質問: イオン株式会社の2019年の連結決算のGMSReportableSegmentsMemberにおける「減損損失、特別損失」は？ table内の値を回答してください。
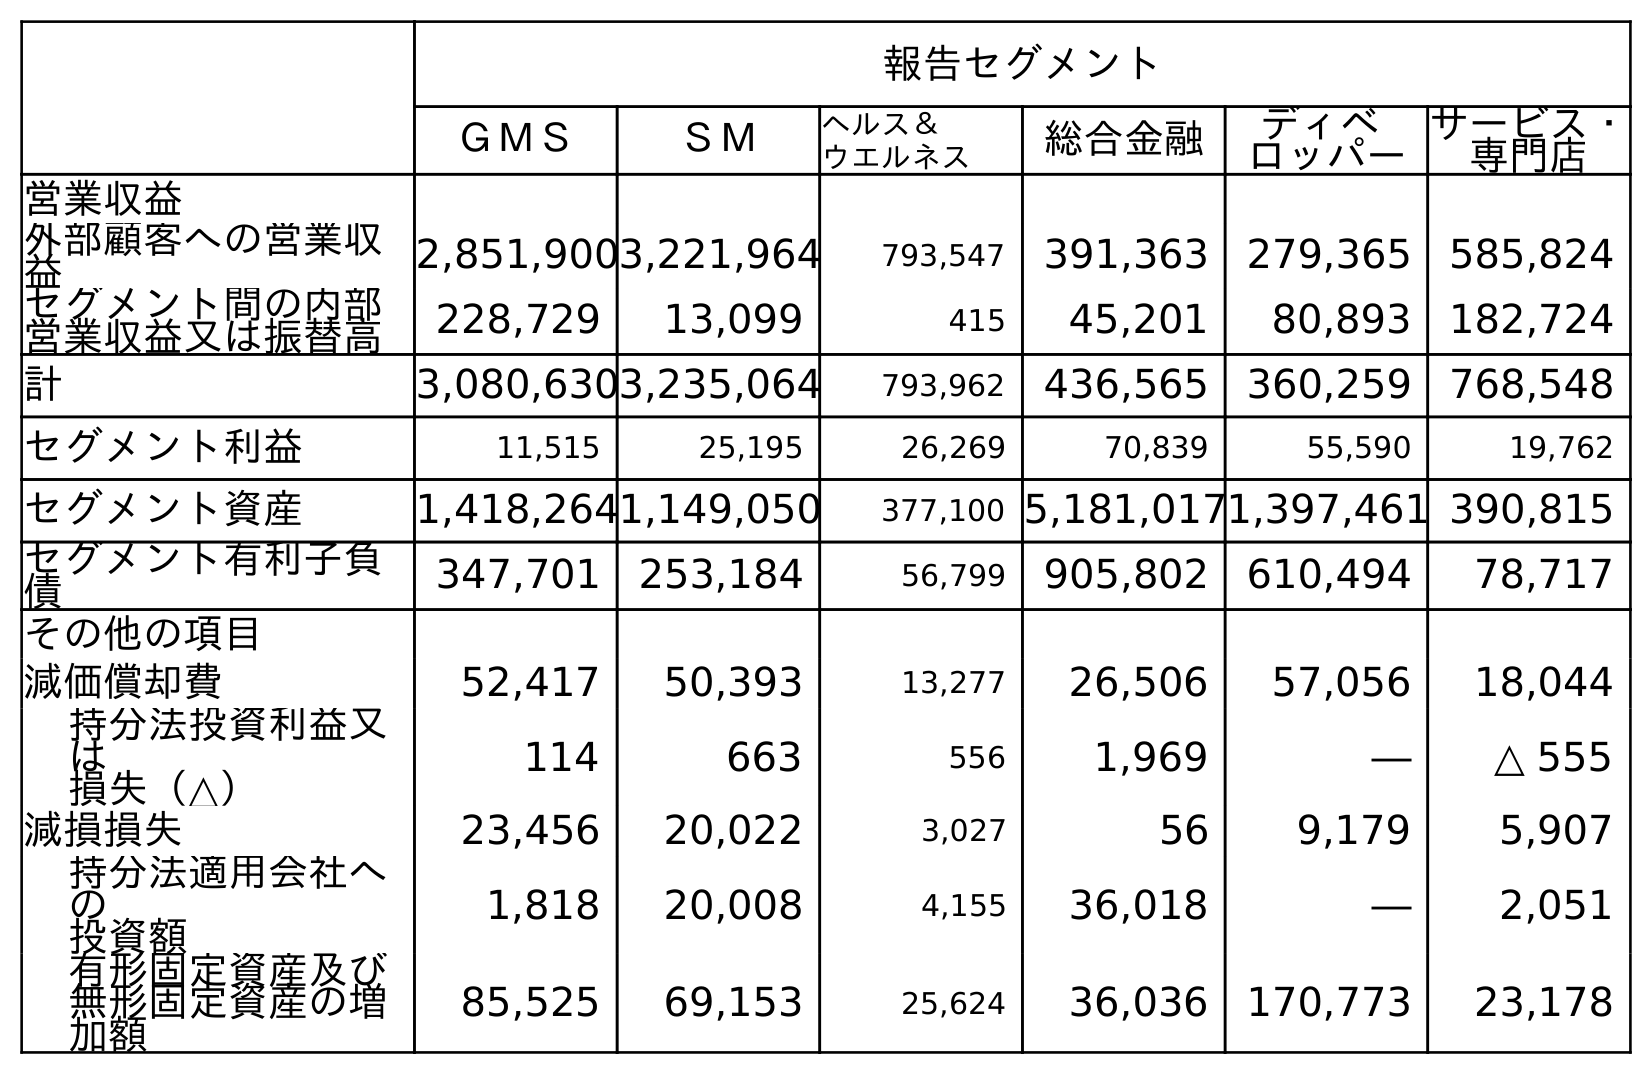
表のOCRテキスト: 報告セグメント ＧＭＳ ＳＭ ヘルス＆ ウエルネス 総合金融 ディベ ロッパー サービス・ 専門店 営業収益 外部顧客への営業収 益 2,851,9003,221,964 793,547 391,363 279,365 585,824 セグメント間の内部 営業収益又は振替高 228,729 13,099 415 45,201 80,893 182,724 計 3,080,6303,235,064 793,962 436,565 360,259 768,548 セグメント利益 11,515 25,195 26,269 70,839 55,590 19,762 セグメント資産 1,418,2641,149,050 377,100 5,181,0171,397,461 390,815 セグメント有利子負 債 347,701 253,184 56,799 905,802 610,494 78,717 その他の項目 減価償却費 52,417 50,393 13,277 26,506 57,056 18,044 持分法投資利益又 は 損失（△） 114 663 556 1,969 ― △ 555 減損損失 23,456 20,022 3,027 56 9,179 5,907 持分法適用会社へ の 投資額 1,818 20,008 4,155 36,018 ― 2,051 有形固定資産及び 無形固定資産の増 加額 85,525 69,153 25,624 36,036 170,773 23,178
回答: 23,456